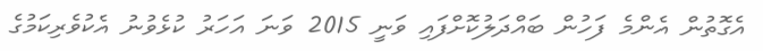
އެގޮތުން އެންމެ ފަހުން ބައްދަލުކޮށްފައި ވަނީ 2015 ވަނަ އަހަރު ކުޅެވުނު އެކުވެރިކަމުގެ